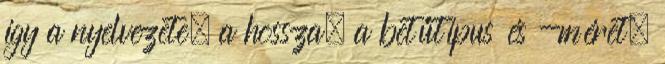
így a nyelvezete, a hossza, a betűtípus és -méret,